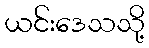
ယင်းဒေသသို့